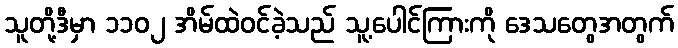
သူတို့ဒီမှာ ၁၁၀၂ အိမ်ထဲဝင်ခဲ့သည် သူ့ပေါင်ကြားကို ဒေသတွေအတွက်